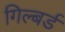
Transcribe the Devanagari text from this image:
गिल्बर्ड